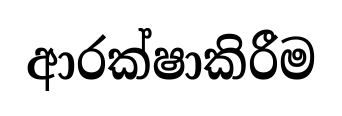
ආරක්ෂාකිරීම